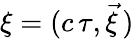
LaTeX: \xi=(c\, \tau,\vec{\xi}\, )